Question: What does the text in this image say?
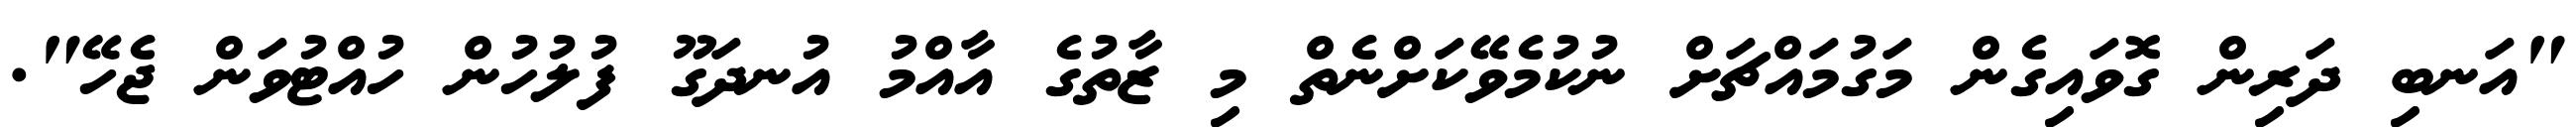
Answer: "އަނބި ދަރިން ގޮވައިގެން މަގުމައްޗަށް ނުކުމެވޭކަށްނެތް މި ޒާތުގެ އާއްމު އުނދަގޫ ފުލުހުން ހުއްޓުވަން ޖެހޭ".